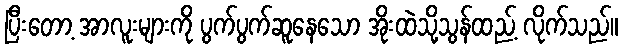
ပြီးတော့ အာလူးများကို ပွက်ပွက်ဆူနေသော အိုးထဲသို့သွန်ထည့် လိုက်သည်။